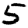
Digit: 5